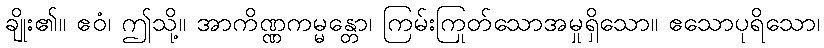
ချိုး၏။ ဧဝံ၊ ဤသို့။ အာကိဏ္ဏကမ္မန္တော၊ ကြမ်းကြုတ်သောအမှုရှိသော။ ဧသောပုရိသော၊